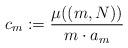
LaTeX: \begin{align*} c_m:=\frac{\mu((m,N))}{m\cdot a_m}\end{align*}